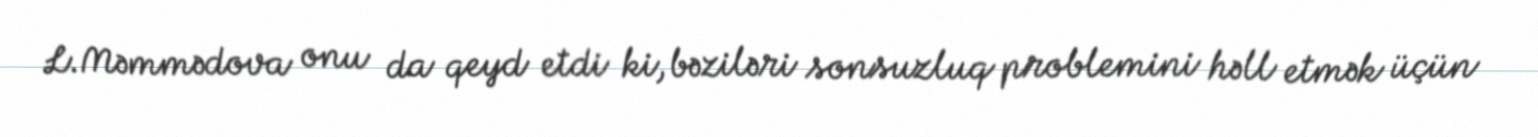
L.Məmmədova onu da qeyd etdi ki, bəziləri sonsuzluq problemini həll etmək üçün